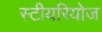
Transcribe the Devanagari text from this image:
स्टीयरियोज